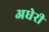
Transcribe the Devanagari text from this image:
अधेरी